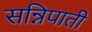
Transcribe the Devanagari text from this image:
सन्निपाती